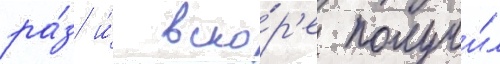
ра́з и́ вско́р'е получи́л